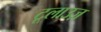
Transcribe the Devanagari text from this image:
टूलाउज़